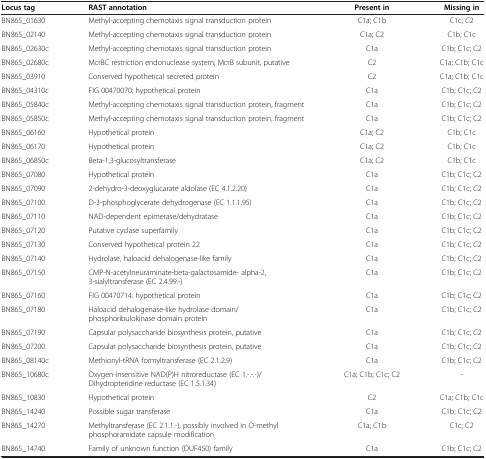
<table><thead><tr><td><b>Locus tag</b></td><td><b>RAST annotation</b></td><td><b>Present in</b></td><td><b>Missing in</b></td></tr></thead><tbody><tr><td>BN865_01630</td><td>Methyl-accepting chemotaxis signal transduction protein</td><td>C1a; C1b</td><td>C1c; C2</td></tr><tr><td>BN865_02140</td><td>Methyl-accepting chemotaxis signal transduction protein</td><td>C1a; C2</td><td>C1b; C1c</td></tr><tr><td>BN865_02630c</td><td>Methyl-accepting chemotaxis signal transduction protein</td><td>C1a</td><td>C1b; C1c; C2</td></tr><tr><td>BN865_02680c</td><td>McrBC restriction endonuclease system, McrB subunit, putative</td><td>C2</td><td>C1a; C1b; C1c</td></tr><tr><td>BN865_03910</td><td>Conserved hypothetical secreted protein</td><td>C2</td><td>C1a; C1b; C1c</td></tr><tr><td>BN865_04310c</td><td>FIG 00470070: hypothetical protein</td><td>C1a</td><td>C1b; C1c; C2</td></tr><tr><td>BN865_05840c</td><td>Methyl-accepting chemotaxis signal transduction protein, fragment</td><td>C1a</td><td>C1b; C1c; C2</td></tr><tr><td>BN865_05850c</td><td>Methyl-accepting chemotaxis signal transduction protein, fragment</td><td>C1a</td><td>C1b; C1c; C2</td></tr><tr><td>BN865_06160</td><td>Hypothetical protein</td><td>C1a; C2</td><td>C1b; C1c</td></tr><tr><td>BN865_06170</td><td>Hypothetical protein</td><td>C1a; C2</td><td>C1b; C1c</td></tr><tr><td>BN865_06850c</td><td>Beta-1,3-glucosyltransferase</td><td>C1a; C2</td><td>C1b; C1c</td></tr><tr><td>BN865_07080</td><td>Hypothetical protein</td><td>C1a</td><td>C1b; C1c; C2</td></tr><tr><td>BN865_07090</td><td>2-dehydro-3-deoxyglucarate aldolase (EC 4.1.2.20)</td><td>C1a</td><td>C1b; C1c; C2</td></tr><tr><td>BN865_07100</td><td>D-3-phosphoglycerate dehydrogenase (EC 1.1.1.95)</td><td>C1a</td><td>C1b; C1c; C2</td></tr><tr><td>BN865_07110</td><td>NAD-dependent epimerase/dehydratase</td><td>C1a</td><td>C1b; C1c; C2</td></tr><tr><td>BN865_07120</td><td>Putative cyclase superfamily</td><td>C1a</td><td>C1b; C1c; C2</td></tr><tr><td>BN865_07130</td><td>Conserved hypothetical protein 22</td><td>C1a</td><td>C1b; C1c; C2</td></tr><tr><td>BN865_07140</td><td>Hydrolase, haloacid dehalogenase-like family</td><td>C1a</td><td>C1b; C1c; C2</td></tr><tr><td>BN865_07150</td><td>CMP-N-acetylneuraminate-beta-galactosamide- alpha-2,3-sialyltransferase (EC 2.4.99.-)</td><td>C1a</td><td>C1b; C1c; C2</td></tr><tr><td>BN865_07160</td><td>FIG 00470714: hypothetical protein</td><td>C1a</td><td>C1b; C1c; C2</td></tr><tr><td>BN865_07180</td><td>Haloacid dehalogenase-like hydrolase domain/phosphoribulokinase domain protein</td><td>C1a</td><td>C1b; C1c; C2</td></tr><tr><td>BN865_07190</td><td>Capsular polysaccharide biosynthesis protein, putative</td><td>C1a</td><td>C1b; C1c; C2</td></tr><tr><td>BN865_07200</td><td>Capsular polysaccharide biosynthesis protein, putative</td><td>C1a</td><td>C1b; C1c; C2</td></tr><tr><td>BN865_08140c</td><td>Methionyl-tRNA formyltransferase (EC 2.1.2.9)</td><td>C1a</td><td>C1b; C1c; C2</td></tr><tr><td>BN865_10680c</td><td>Oxygen-insensitive NAD(P)H nitroreductase (EC 1.-.-.-)/Dihydropteridine reductase (EC 1.5.1.34)</td><td>C1a; C1b; C1c; C2</td><td>-</td></tr><tr><td>BN865_10830</td><td>Hypothetical protein</td><td>C2</td><td>C1a; C1b; C1c</td></tr><tr><td>BN865_14240</td><td>Possible sugar transferase</td><td>C1a</td><td>C1b; C1c; C2</td></tr><tr><td>BN865_14270</td><td>Methyltransferase (EC 2.1.1.-), possibly involved in O-methyl phosphoramidate capsule modification</td><td>C1a; C1b</td><td>C1c; C2</td></tr><tr><td>BN865_14740</td><td>Family of unknown function (DUF450) family</td><td>C1a</td><td>C1b; C1c; C2</td></tr></tbody></table>